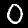
Digit: 0